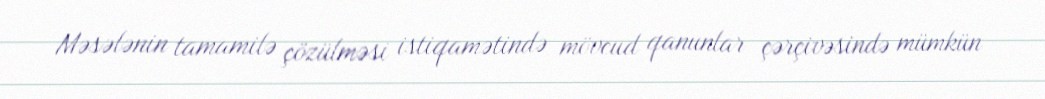
Məsələnin tamamilə çözülməsi istiqamətində mövcud qanunlar çərçivəsində mümkün